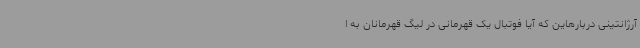
آرژانتینی دربارهاین که آیا فوتبال یک قهرمانی در لیگ قهرمانان به ا